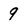
Character: 9